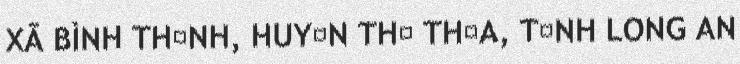
XÃ BÌNH THẠNH, HUYỆN THỦ THỪA, TỈNH LONG AN